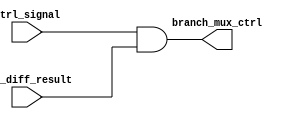
`timescale 1ns / 1ps
//////////////////////////////////////////////////////////////////////////////////
// Company: 
// Engineer: 
// 
// Design Name: 
// Module Name: branch_and_gate
// Project Name: 
// Target Devices: 
// Tool Versions: 
// Description: 
// 
// Dependencies: 
// 
// Revision:
// Revision 0.01 - File Created
// Additional Comments:
// 
//////////////////////////////////////////////////////////////////////////////////


module branch_gate(
    input ctrl_signal, 
    input alu_diff_result,
    output branch_mux_ctrl
    ); 
    
    assign branch_mux_ctrl = ctrl_signal & alu_diff_result; 
    
endmodule